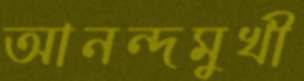
আনন্দমুখী